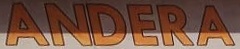
ANDERA